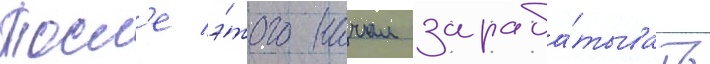
Посл'е э́того начал зараба́тывать